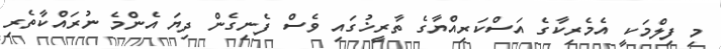
މި ފިލްމަކީ އެމެރިކާގެ އަސްކަރިއްޔާގެ ތާރީޚުގައި ވެސް ފެނިގެން ދިޔަ އެންމެ ނުރައްކާތެރި